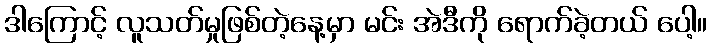
ဒါကြောင့် လူသတ်မှုဖြစ်တဲ့နေ့မှာ မင်း အဲဒီကို ရောက်ခဲ့တယ် ပေါ့။